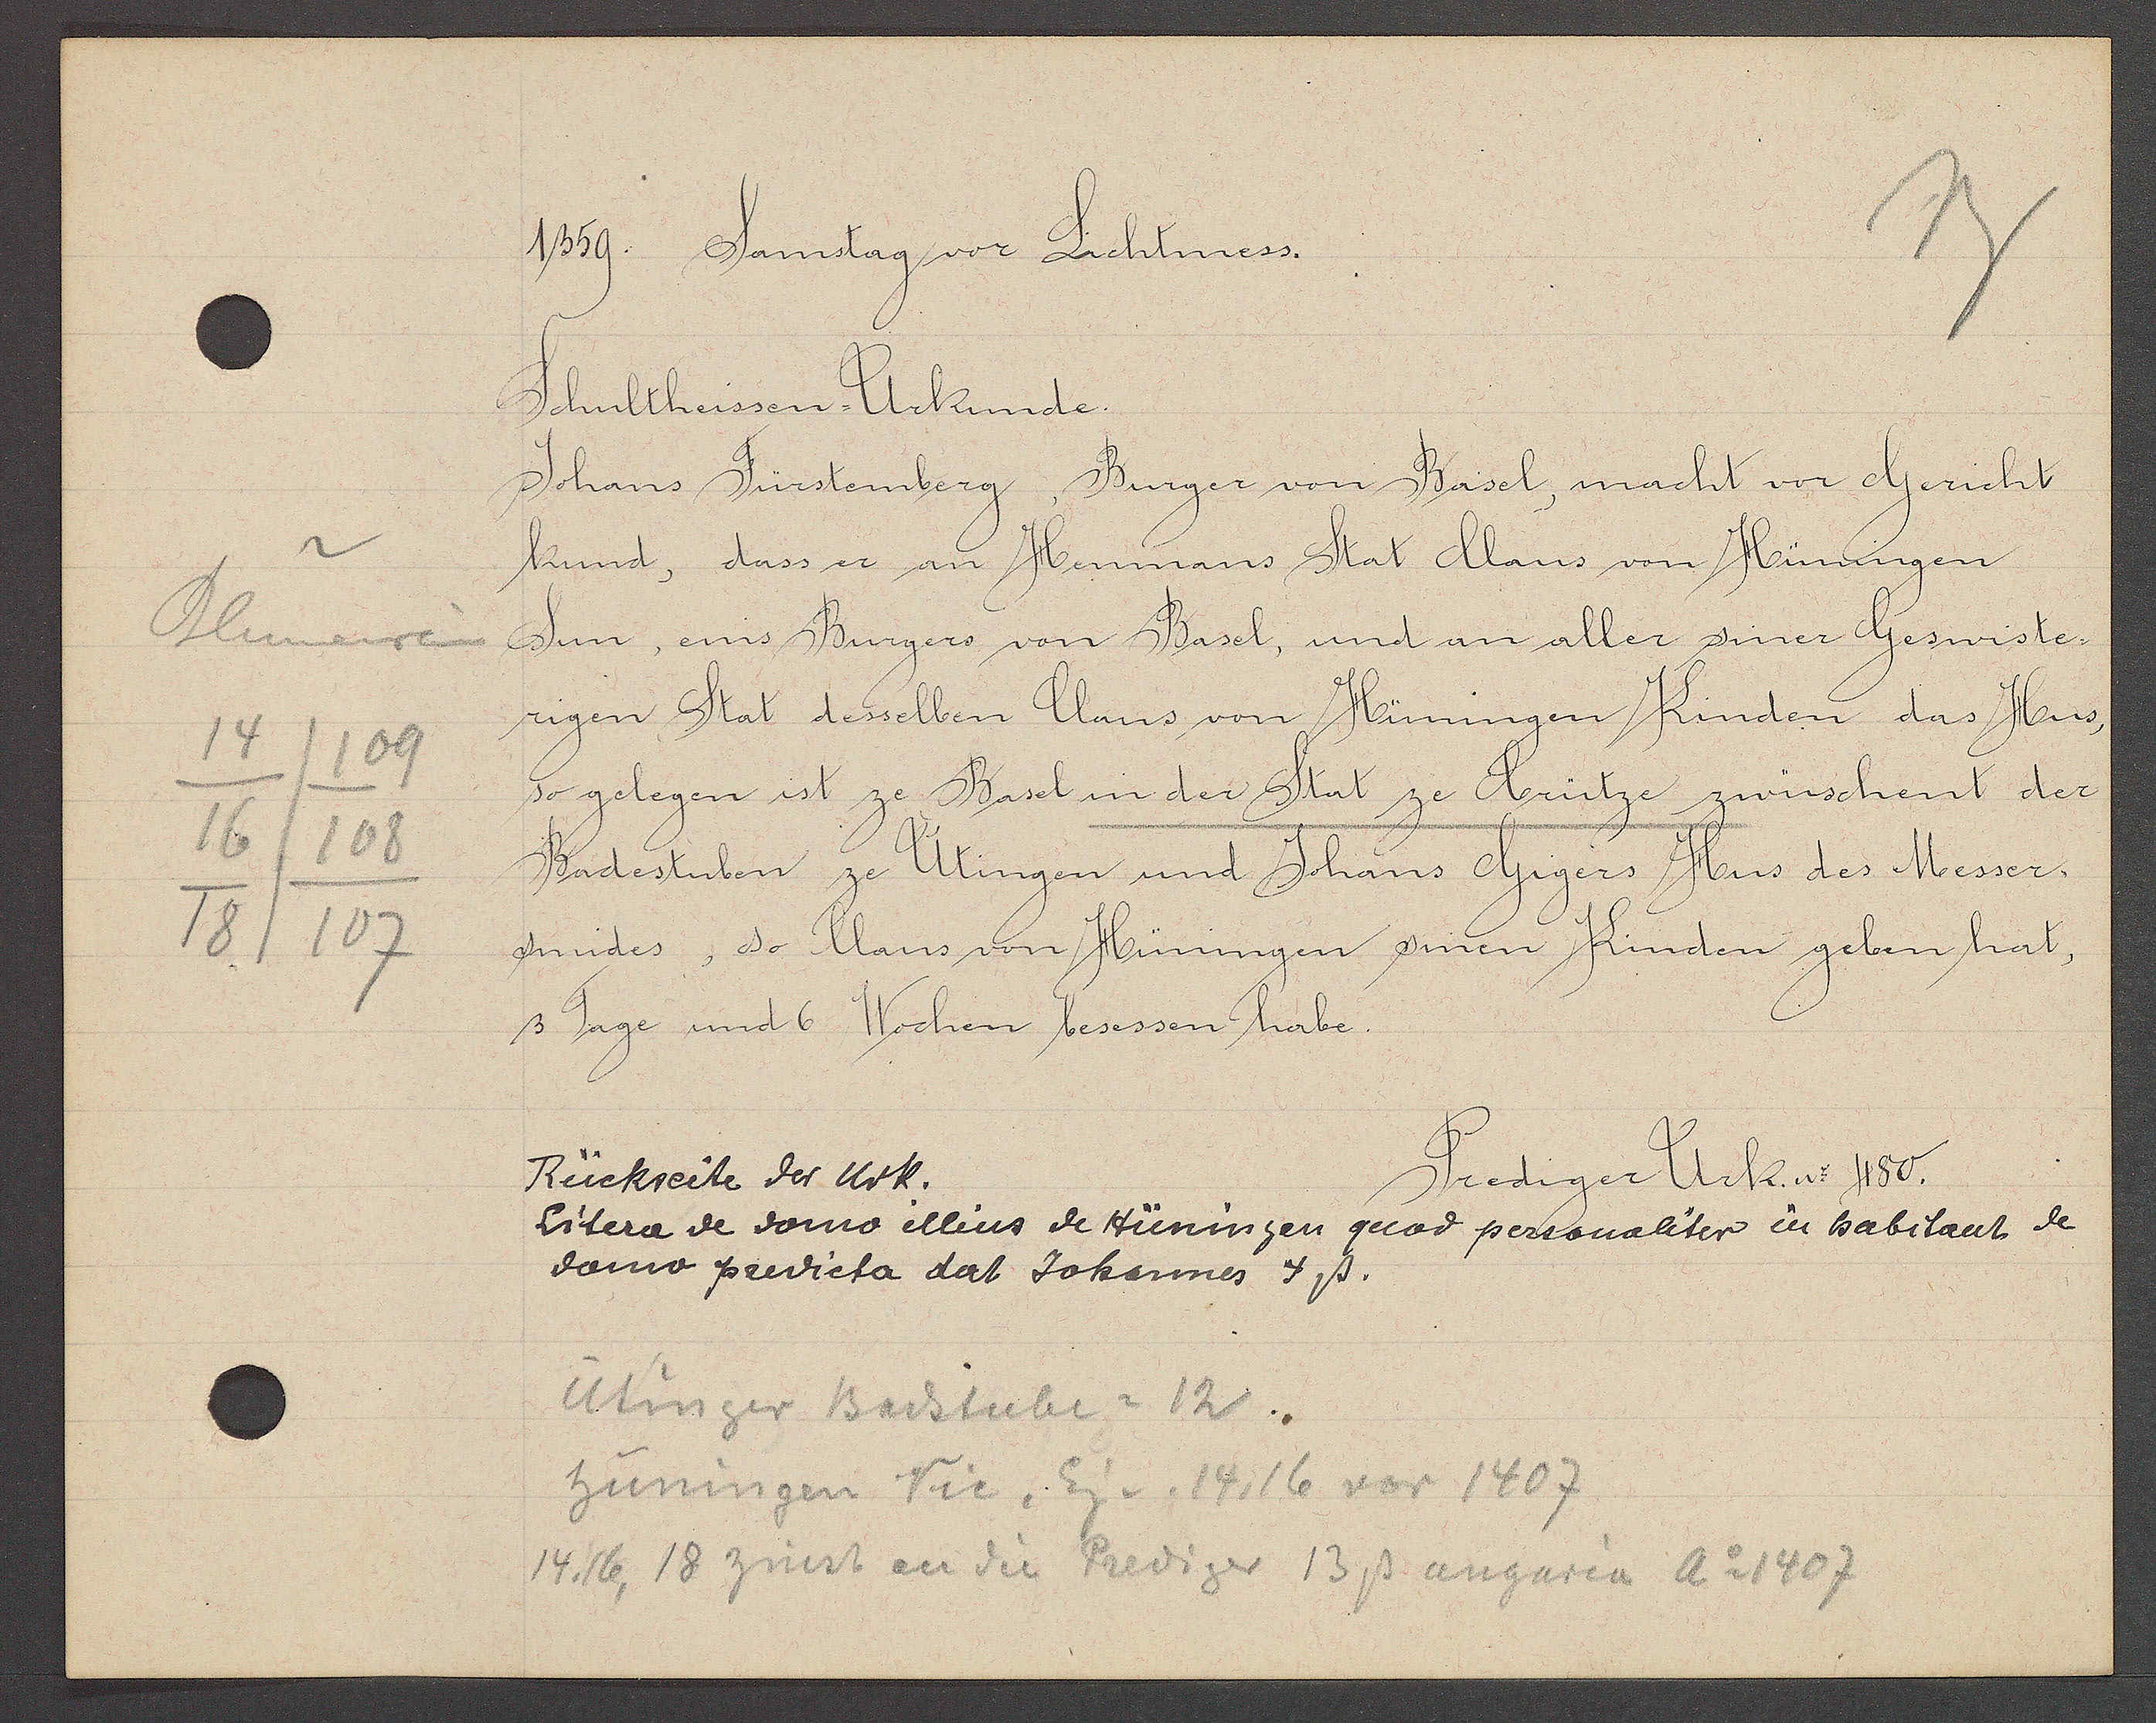
Transcript:
Blumenrain
14
109
16
108
18/107

1359. Samstag vor Lichtmess.

Schultheissen-Urkunde.
Johans Fürstenberg, Burger von Basel, macht vor Gericht
kund, dass er an Henmans Stat Claus von Hüningen
Sun, eins Burgers von Basel, und an aller siner Geswiste¬
rigen Stat desselben Claus von Hüningen Kinden das Hus,
so gelegen ist ze Basel in der Stat ze Crütze zwüschent der
Badestuben ze Utingen und Johans Gigers Hus des Messer¬
smides, so Claus von Hüningen sinen Kinden geben hat,
3 Tage und 6 Wochen besessen habe.

Rückseite der Urk.
Litera de domo illius de Hüningen quod persoualiter in habitant de
domo predicta dat Johannes 4ß.

Prediger Urk. No 480.

Utinger Badstube = 12
hüningen Vic. Eig v. 14, 16 vor 1407
14, 16, 18 zinst an die Prediger 13ß angaria Ao 1407